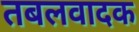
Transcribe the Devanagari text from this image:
तबलवादक